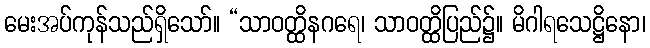
မေးအပ်ကုန်သည်ရှိသော်။ “သာဝတ္ထိနဂရေ၊ သာဝတ္ထိပြည်၌။ မိဂါရသေဋ္ဌိနော၊